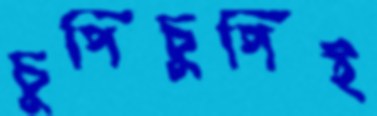
চুপিচুপিই